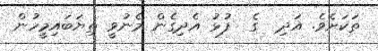
ތަކަށެވެ. އަދި  ގެ  ފުޅު އެދިގެން މެނުވީ ތިޔަބައިމީހުން